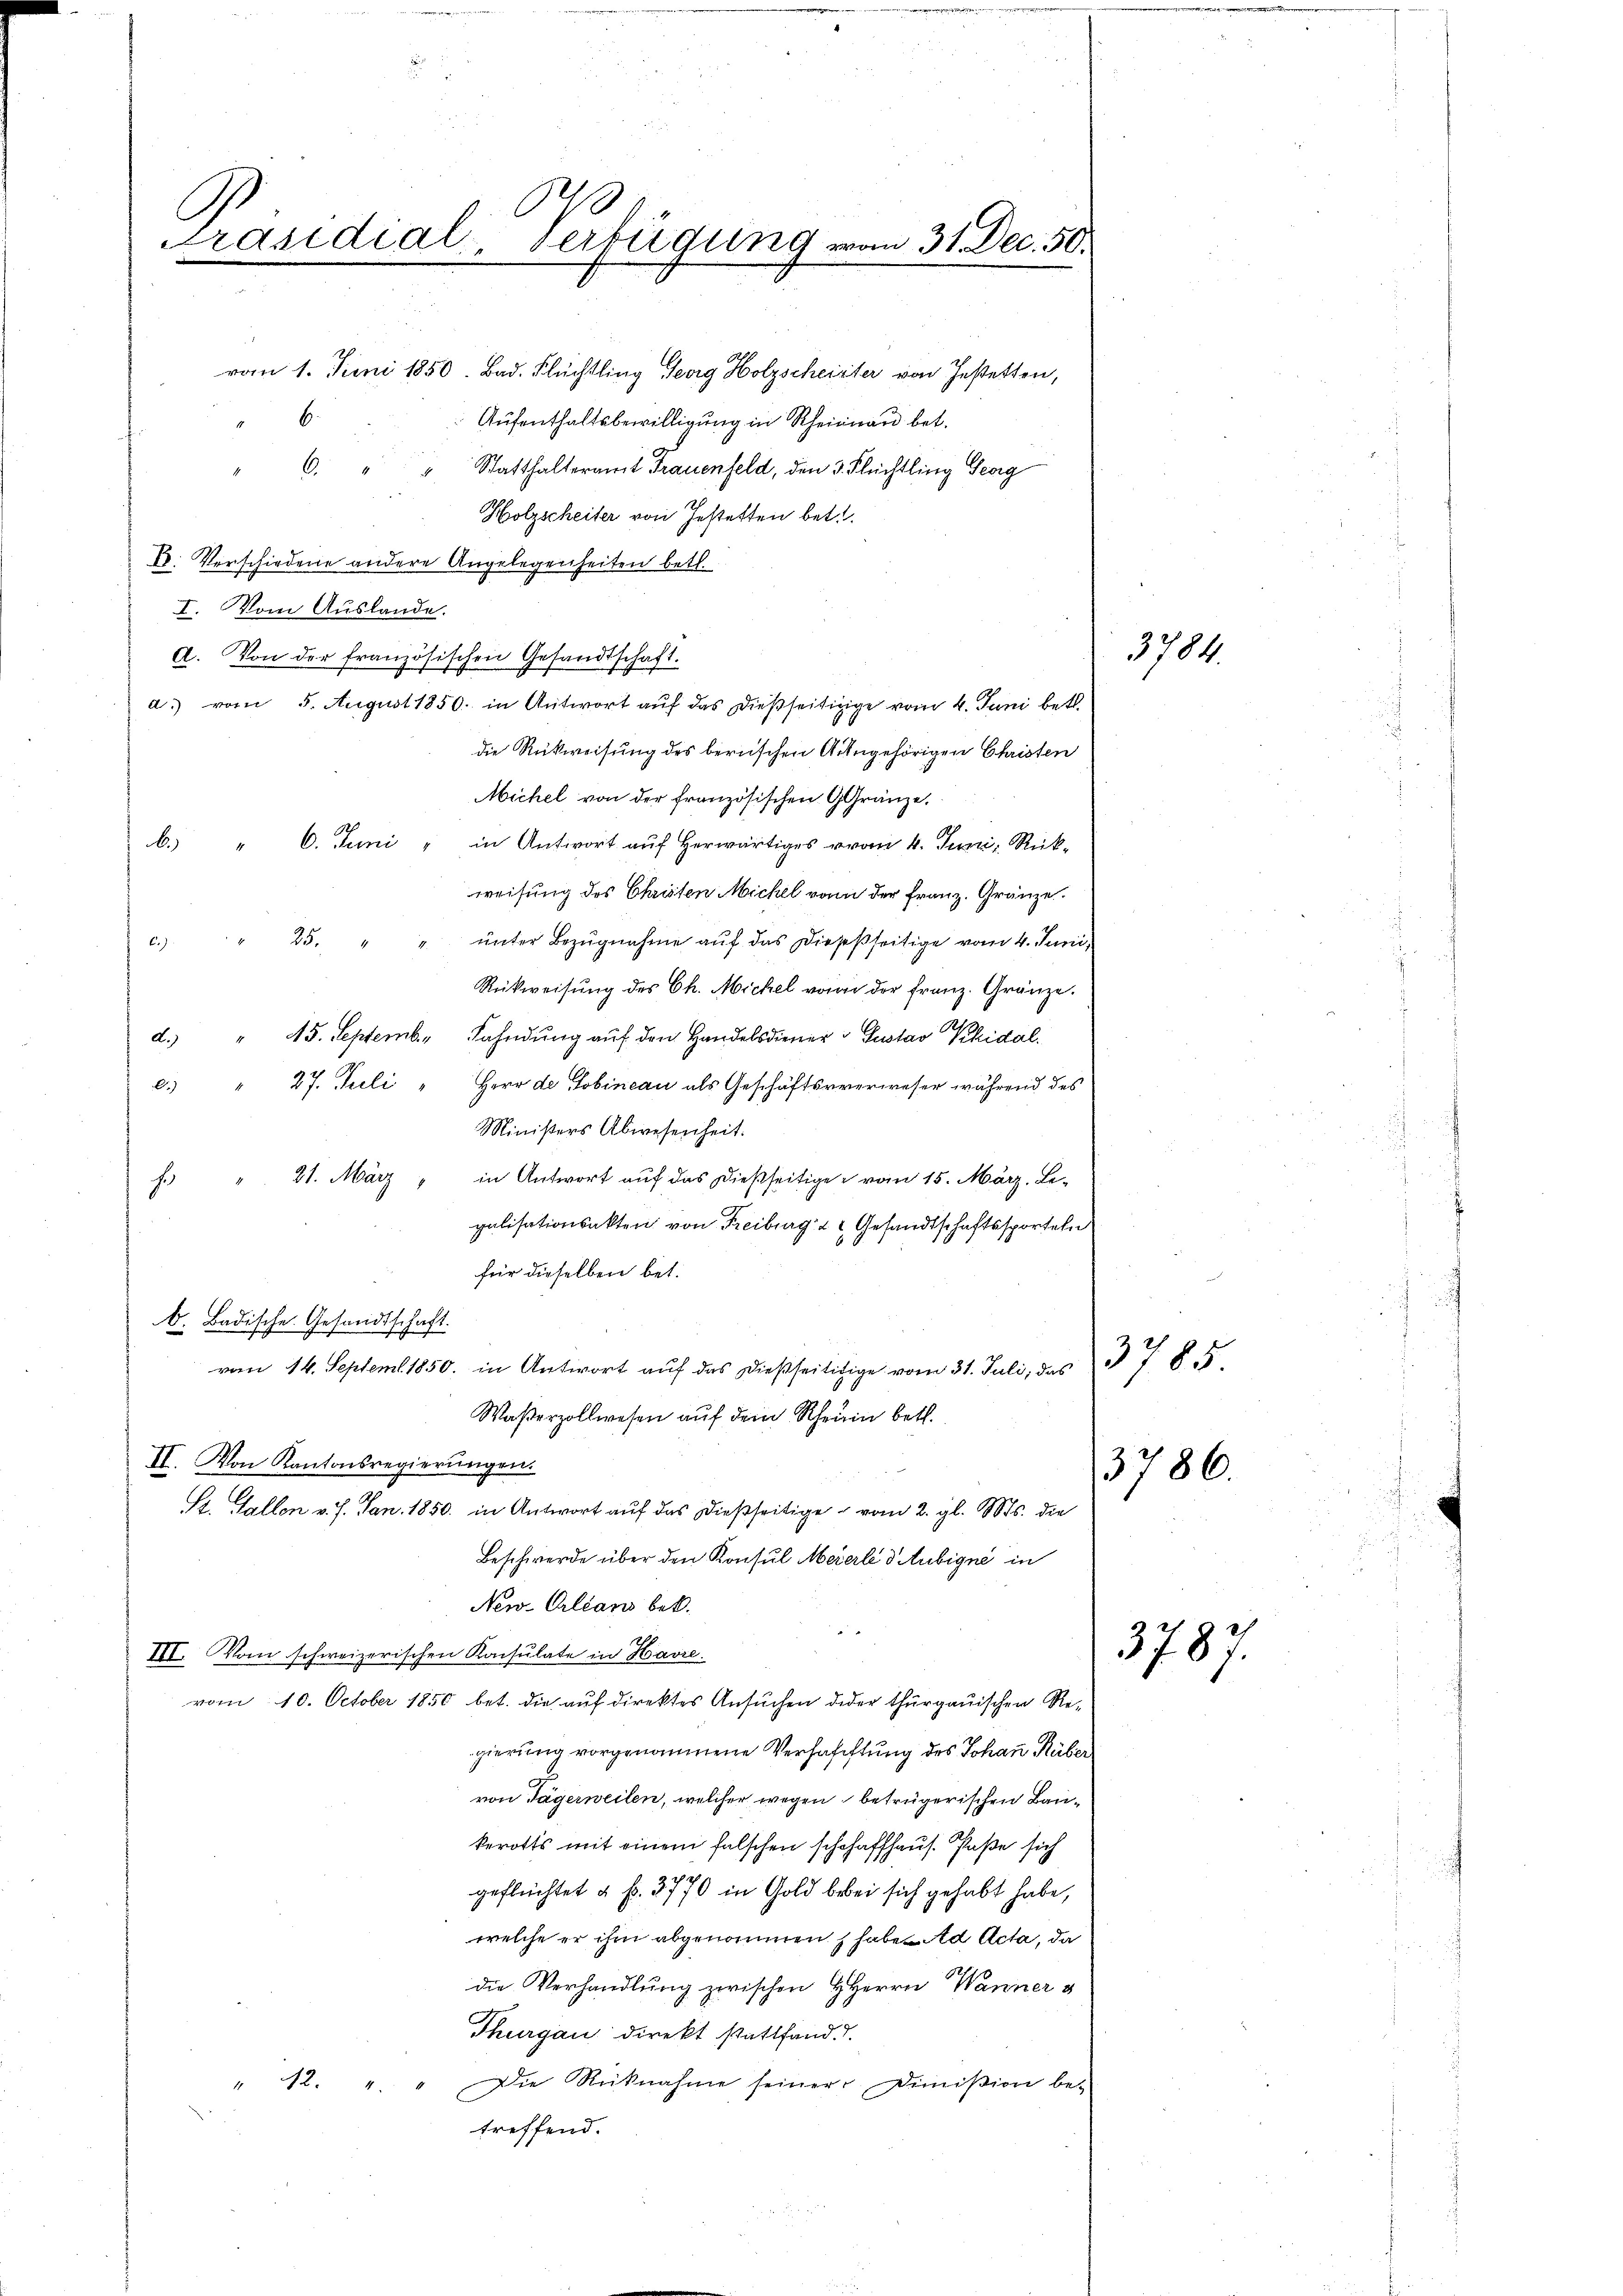
l
Präsidial-Verfügung vom 31. Dec. 50.

u
von 1. Juni 1850. Bad. Flüchtling Georg Holzscheinter von Jestetten,
.
Aufenthaltsbewilligung in Rheinau bet.
Statthalteramt Frauenfeld, den 3. Flüchtling Geg
6.
Holzscheiter von Gestatten bet
1. Verschiedene andere Angelegenheiten betr.
I. Vom Auslande.
A. Von der französischen Gesandtschaft.
a.) vom 5. August 1850 in Antwort auf das dießseitigige vom 4. Juni betr.
die Rückweisung des berischen Angehörigen Christen
Michel von der französischen Gränze.
b. " 6. Juni in Antwort auf Herwärtiges vom 4. Juni, Rück-
weisung des Christen Michel von der Franz. Gränze.
c. " 25. " " ŭnter Bezŭgnahme aŭf das Diesesseitige vom 4. Juni,
Rükweisŭng des Ch. Michel von der franz. Gränze.
d.) " 45. September Fahndung auf den Handelsdiener - Gustav Phidalc. " 27. Juli " Herr de Gobineau als Geschäftsverweser während des
Ministers Abwesenheit.
 21. März " in Antwort auf das dießseitige vom 15. März, Le-
galisationsakten von Freiburg & 2 Gesandtschaftssporteln
für dieselben bet.
b. Badische Gesandtschaft.
von 14. Septemb. 1850. in Antwort aŭf das dießseitigige vom 31. Juli, das 7 § 2
Waßerzollwesen auf dem Schrein betr.
II. Von Kantonsregierungen.
St. Gallen v. J. Jan. 1850. in Antwort auf das dießseitige vom 2. gl. Mts. die
Beschwerde über den Konsul Meierli d. Aubigne in
New-Orleans bek
III. Vom schweizerischen Konsulate in Havre
vom 10. October 1850 bet. die auf direktes Ansuchen deder thurgauischen Regierung vorgenommene Verhafiftung des Johann Ruber
von Tägerweilen, welcher wegen betrügerischen Baukerotts mit einem falschen schchaffhaus. Paße sich
geflüchtet u f. 3770 in Gold bebei sich gehabt habe,
welche er ihm abgenommen haben ad Acta, da
die Verhandlung zwischen HHerrn Wanner v
Thurgau direkt stattfand.1
Die Rücknahme seiner Dimißion be¬
42. 4
treffend.

3784.

3786.

3787.